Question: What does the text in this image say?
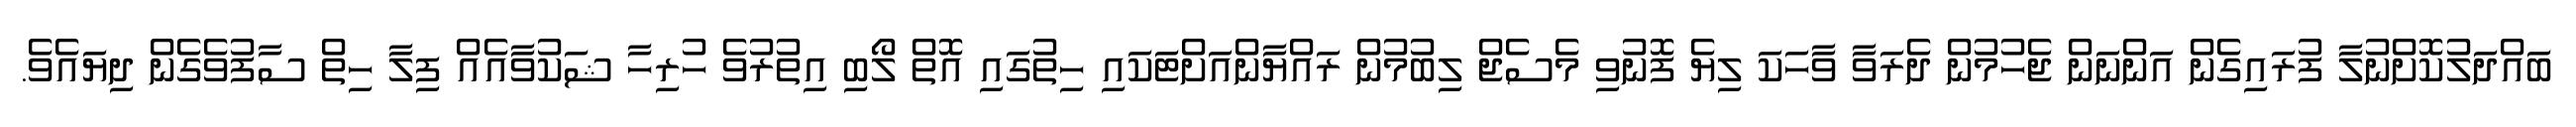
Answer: ބައްދަލުކޮށްނުލާ ފުރައިގެން އަންނަން ޖެހުމުން ދެރަވާ ވާހަކަ ލިޔެ ފޮނުވި މެސެޖް ލިބުމުން ރައްޔާންއަށްޓަކައި ހިތުގައި އޮތް ލޯބި އިތުރުވެ ހުރިހާ ޝަކުވާއެއް ފިލާ ހިތް ސާފުވެގެން ދިޔައެވެ.